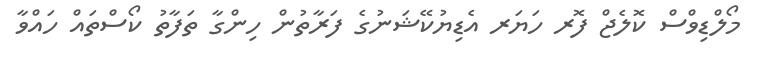
މޯލްޑިވްސް ކޮލެޖް ފޮރ ހަޔަރ އެޑިޔުކޭޝަނުގެ ފަރާތުން ހިންގާ ތަފާތު ކޯސްތައް ހައްވާ